Vaccination United Provinces of Agra and Oudh 1914-1922 - 1914-1922
Year: 1914
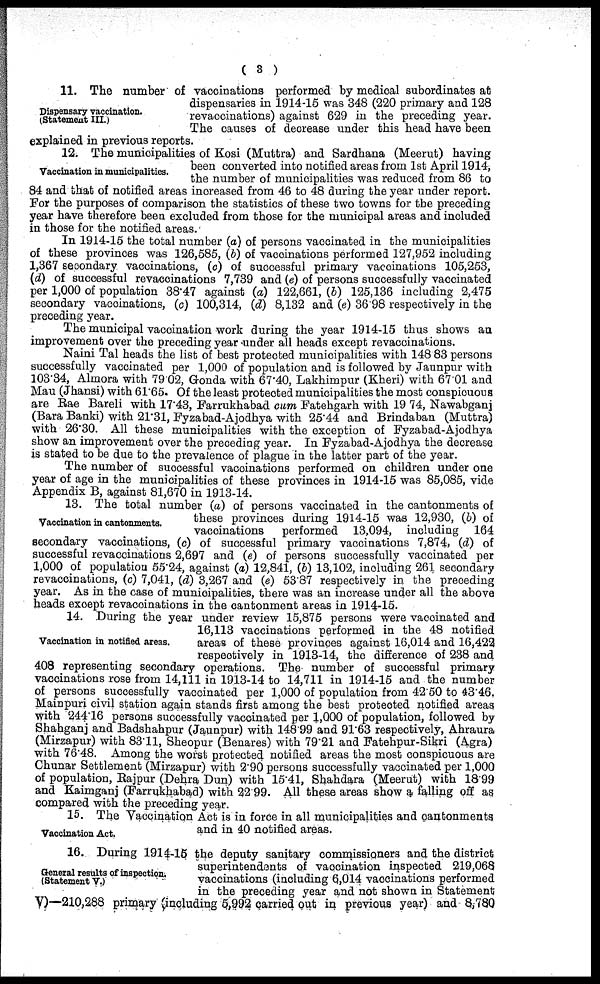
( 3 )
Dispensary vaccination.
(Statement III.)
11. The number of vaccinations performed by medical subordinates at
dispensaries in 1914-15 was 348 (220 primary and 128
revaccinations) against 629 in the preceding year.
The causes of decrease under this head have been
explained in previous reports.
Vaccination in municipalities.
12. The municipalities of Kosi (Muttra) and Sardhana (Meerut) having
been converted into notified areas from 1st April 1914,
the number of municipalities was reduced from 86 to
84 and that of notified areas increased from 46 to 48 during the year under report.
For the purposes of comparison the statistics of these two towns for the preceding
year have therefore been excluded from those for the municipal areas and included
in those for the notified areas.
In 1914-15 the total number (a) of persons vaccinated in the municipalities
of these provinces was 126,585, (b) of vaccinations performed 127,952 including
1,367 seoondary vaccinations, (c) of successful primary vaccinations 105,253,
(d) of successful revaccinations 7,739 and (e) of persons successfully vaccinated
per 1,000 of population 38.47 against (a) 122,661, (b) 125,136 including 2,475
secondary vaccinations, (c) 100,314, (d) 8,132 and (e) 36.98 respectively in the
preceding year.
The municipal vaccination work during the year 1914-15 thus shows an
improvement over the preceding year under all heads except revaccinations.
Naini Tal heads the list of best protected municipalities with 148 83 persons
successfully vaccinated per 1,000 of population and is followed by Jaunpur with
103.34, Almora with 79.02, Gonda with 67.40, Lakhimpur (Kheri) with 67.01 and
Mau (Jhansi) with 61.65. Of the least protected municipalities the most conspiouous
are Rae Bareli with 17.43, Farrukhabad cum Fatehgarh with 19.74, Nawabganj
(Bara Banki) with 21.31, Fyzabad-Ajodhya with 25.44 and Brindaban (Muttra)
with 26.30. All these municipalities with the exception of Fyzabad-Ajodhya
show an improvement over the preceding year. In Fyzabad-Ajodhya the decrease
is stated to be due to the prevalence of plague in the latter part of the year.
The number of successful vaccinations performed on children under one
year of age in the municipalities of these provinces in 1914-15 was 85,085, vide
Appendix B, against 81,670 in 1913-14.
Vaccination in cantonments.
13. The total number (a) of persons vaccinated in the cantonments of
these provinces during 1914-15 was 12,930, (b) of
vaccinations
performed 13,094, including 164
secondary vaccinations, (c) of successful primary vaccinations 7,874, (d) of
successful revaccinations 2,697 and (e) of persons successfully vaccinated per
1,000 of population 55.24, against (a) 12,841, (b) 13,102, including 261 secondary
revaccinations, (c) 7,041, (d) 3,267 and (e) 53.87 respectively in the preceding
year. As in the case of municipalities, there was an increase under all the above
heads except revaccinations in the cantonment areas in 1914-15.
Vaccination in notified areas.
14. During the year under review 15,875 persons were vaccinated and
16,113 vaccinations performed in the 48 notified
areas of these provinces against 16,014 and 16,422
respectively in 1913-14, the difference of 238 and
408 representing secondary operations. The number of successful primary
vaccinations rose from 14,111 in 1913-14 to 14,711 in 1914-15 and the number
of persons successfully vaccinated per 1,000 of population from 42.50 to 43.46.
Mainpuri civil station again stands first among the best protected notified areas
with 244.16 persons successfully vaccinated per 1,000 of population, followed by
Shahganj and Badshahpur (Jaunpur) with 148.99 and 91.63 respectively, Ahraura
(Mirzapur) with 83.11, Sheopur (Benares) with 79.21 and Fatehpur-Sikri (Agra)
with 76.48. Among the worst protected notified areas the most conspicuous are
Chunar Settlement (Mirzapur) with 2.90 persons successfully vaccinated per 1,000
of population, Rajpur (Dehra Dun) with 15.41, Shahdara (Meerut) with 18.99
and Kaimganj (Farrukhabad) with 22 99. All these areas show a falling off as
compared with the preceding year .
Vaccination Act.
15. The Vaccination Act is in force in all municipalities and cantonments
and in 40 notified areas.
General results of inspection.
(Statement V.)
16. During 1914-15 the deputy sanitary commissioners and the district
superintendents of vaccination inspected 219,068
vaccinations (including 6,014 vaccinations performed
in the preceding year and not shown in Statement
V)—210,288 primary (including 5,992 carried out in previous year) and 8,780